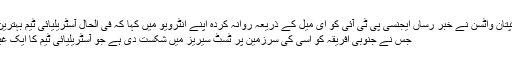
راجستھان رائلس کے کپتان واٹسن نے خبر رساں ایجنسی پی ٹی آئی کو ای میل کے ذریعہ روانہ کردہ اپنے انٹرویو میں کہا کہ فی الحال آسٹریلیائی ٹیم بہترین کرکٹ کھیل رہی ہے
جس نے جنوبی افریقہ کو اسی کی سرزمین پر ٹسٹ سیریز میں شکست دی ہے جو آسٹریلیائی ٹیم کا ایک غیرمعمولی کارنامہ ہے۔